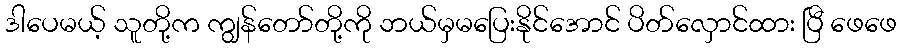
ဒါပေမယ့် သူတို့က ကျွန်တော်တို့ကို ဘယ်မှမပြေးနိုင်အောင် ပိတ်လှောင်ထား ပြီ ဖေဖေ